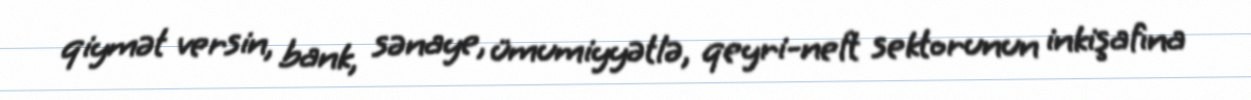
qiymət versin, bank, sənaye, ümumiyyətlə, qeyri-neft sektorunun inkişafına